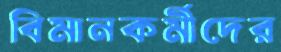
বিমানকর্মীদের